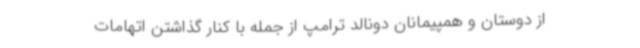
از دوستان و همپیمانان دونالد ترامپ از جمله با کنار گذاشتن اتهامات